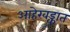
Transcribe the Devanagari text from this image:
आहेखड्कात